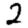
Digit: 2